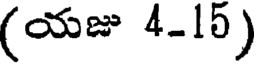
(యజు 4-15)